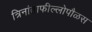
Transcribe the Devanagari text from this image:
त्रिनांताफील्लोपौळस